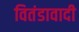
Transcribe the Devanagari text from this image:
वितंडावादी